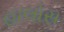
હાલોસ